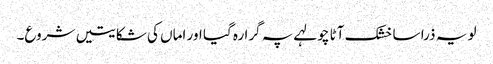
لو یہ ذرا سا خشک آٹا چولہے پہ گرا رہ گیا اور اماں کی شکایتیں شروع۔